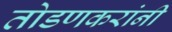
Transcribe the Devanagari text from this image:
तोडणकरांनी